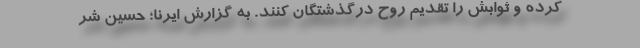
کرده و ثوابش را تقدیم روح درگذشتگان کنند. به گزارش ایرنا؛ حسین شر